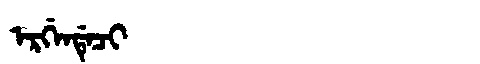
Manchu: ᡝᡵᡤᡝᠨᡩᡝᠴᡳ
Romanization: ERGENDECI